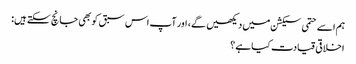
ہم اسے حتمی سیکشن میں دیکھیں گے، اور آپ اس سبق کو بھی جانچ سکتے ہیں:
اخلاقی قیادت کیا ہے؟